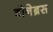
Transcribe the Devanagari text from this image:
बोनेब्रस